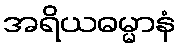
အရိယဓမ္မာနံ